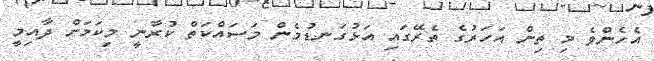
އެހެންވެ މި ތިން އަހަރުގެ ތެރޭގައި އަޅުގަނޑުމެން މަސައްކަތް ކުރާނީ މިކަމަށް ދާއިމީ